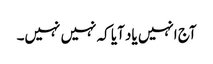
آج انہیں یاد آیا کہ نہیں نہیں۔